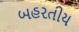
બહરતીય